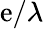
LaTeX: \mathrm{e}/\lambda